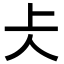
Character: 仧